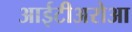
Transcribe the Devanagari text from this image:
आईटीअरोआ